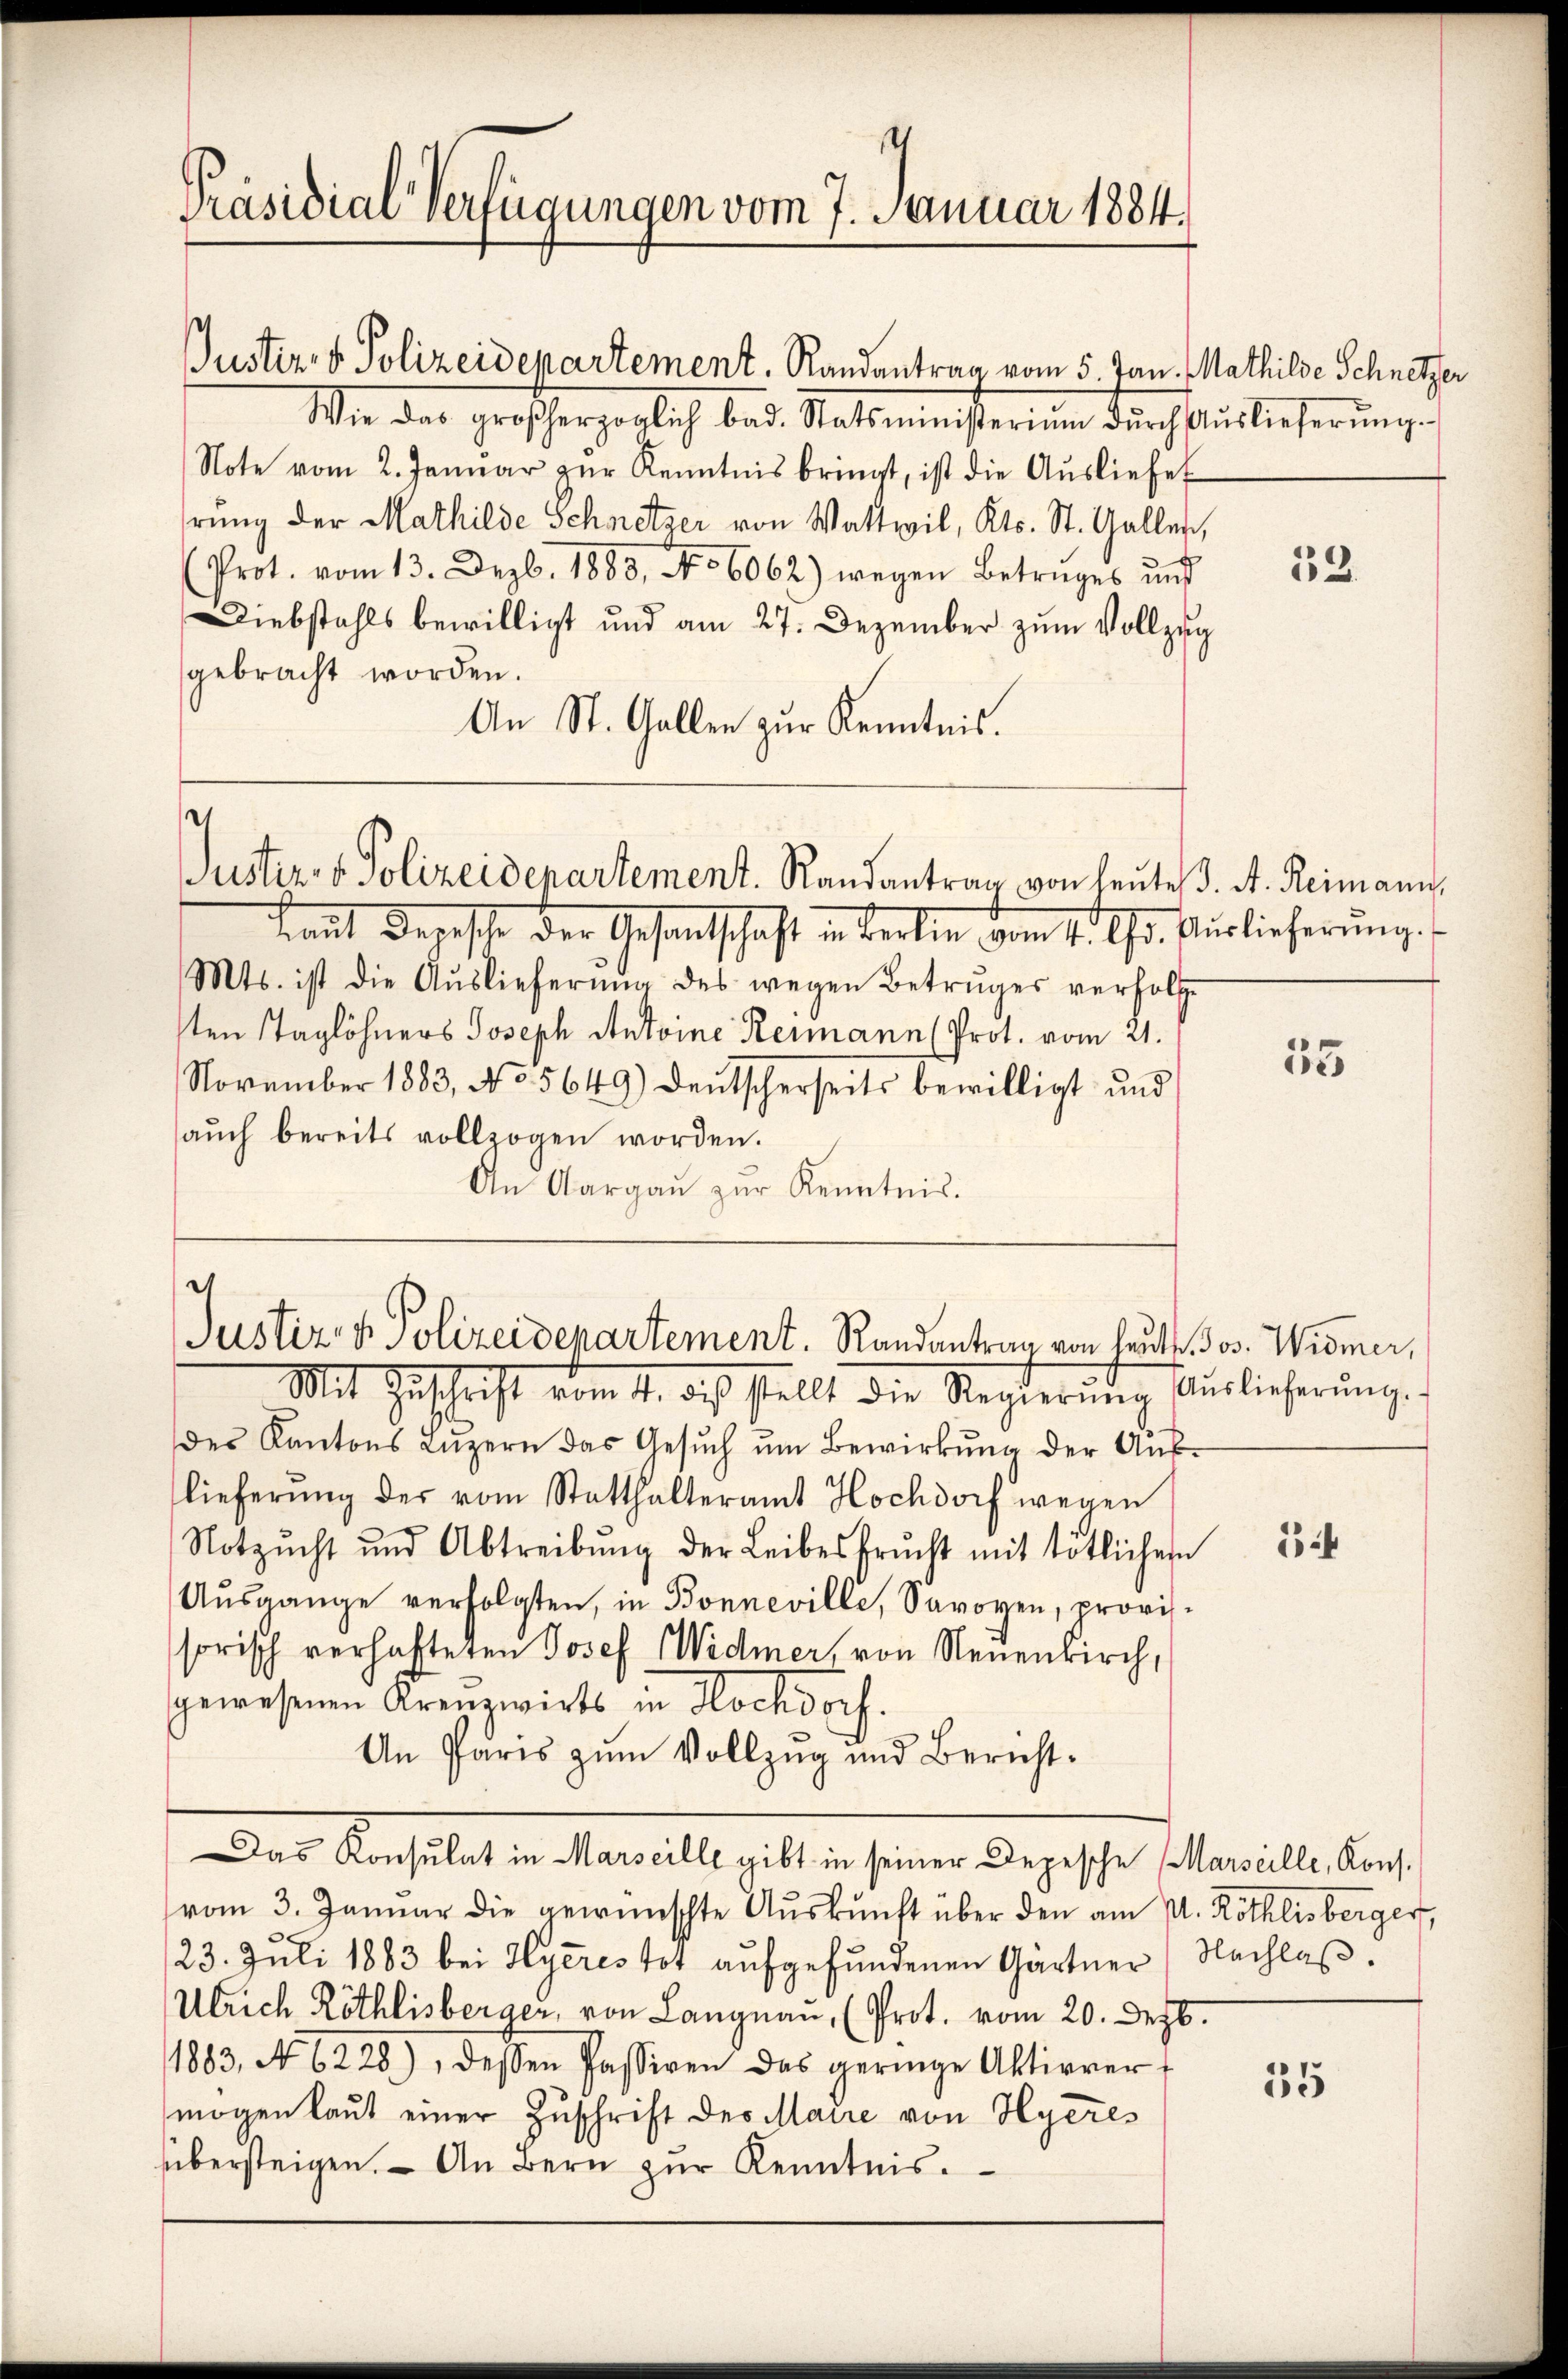
Präsidial-Verfügungen vom 7. Januar 1884.

Justiz- & Polizeidepartement. Randantrag vom 5. Jan. Mathilde Schnetzer
Wie das großherzoglich bad. Statsministerium dŭrch Auslieferŭng.
Note vom 2. Janŭar zŭr Kenntnis bringt, ist die Aŭsliefe
rung der Mathilde Schnetzer von Wattwil, Kts. St. Gallen,
(Prot. vom 13. Dezbr. 1880, No 6062) wegen Betrages und
Diebstahls bewilligt und am 27. Dezember zŭm Vollzug
gebracht worden.
An St. Gallen zur Kenntnis.

.
Justiz- & Polizeidepartement. Randantrag von heute 3. A. Reimann,

Laut Depesche der Gesandschaft in Berlin vom 1. Uhr. Auslieferung.
Mts. ist die Aŭslieferŭng des wegen Betruges verfolge
sten Taglöhners Joseph Antoine Reimann (Prot. vom 21.
November 1883, No. 5649) deutscherseits bewilligt und
aŭch bereits vollzogen worden.
An Aargaŭ zŭr Kenntnis.

h
Justiz- & Polizeidepartement. Randantrag von heut. Jos. Widmer,

Mit Zuschrift vom 14. das stellt die Regierung Auslieferungs
des Kantons Lŭzern das Gesŭch ŭm Bewirkŭng der Aŭs-
lieferŭng der vom Statthalteramt Hochdorf wegen
Notzŭcht und Abtreibŭng der Leibesfrucht mit tötlichern
Aŭsgange verfolgten, in Bonneville, Savoyen, provis
sorisch verhafteten Josef Widmer, von Neuenkirch,
gewesenen Krenzwirts in Hochdoch.
An Paris zum Vollzug und Bericht¬
Das Konsulat in Marseille gibt in seiner Depesche Marseille, Kons.
vom 3. Januar die gewünschte Auskunft über den am 11. Röthlisberger,
23. Juli 1883 bei Hycres tot aufgefundenen Gärtner Nachlas
Ulrich Röthlisberger, von Langnau, (Prot. vom 20. Dezb.
1883, No. 6228), dessen Passiven das geringe Aktivver-
mögen laut einer Zuschrift des Maire von Hyeres
übersteigen. – An Bern zur Kenntnis.

33.

55

14

35